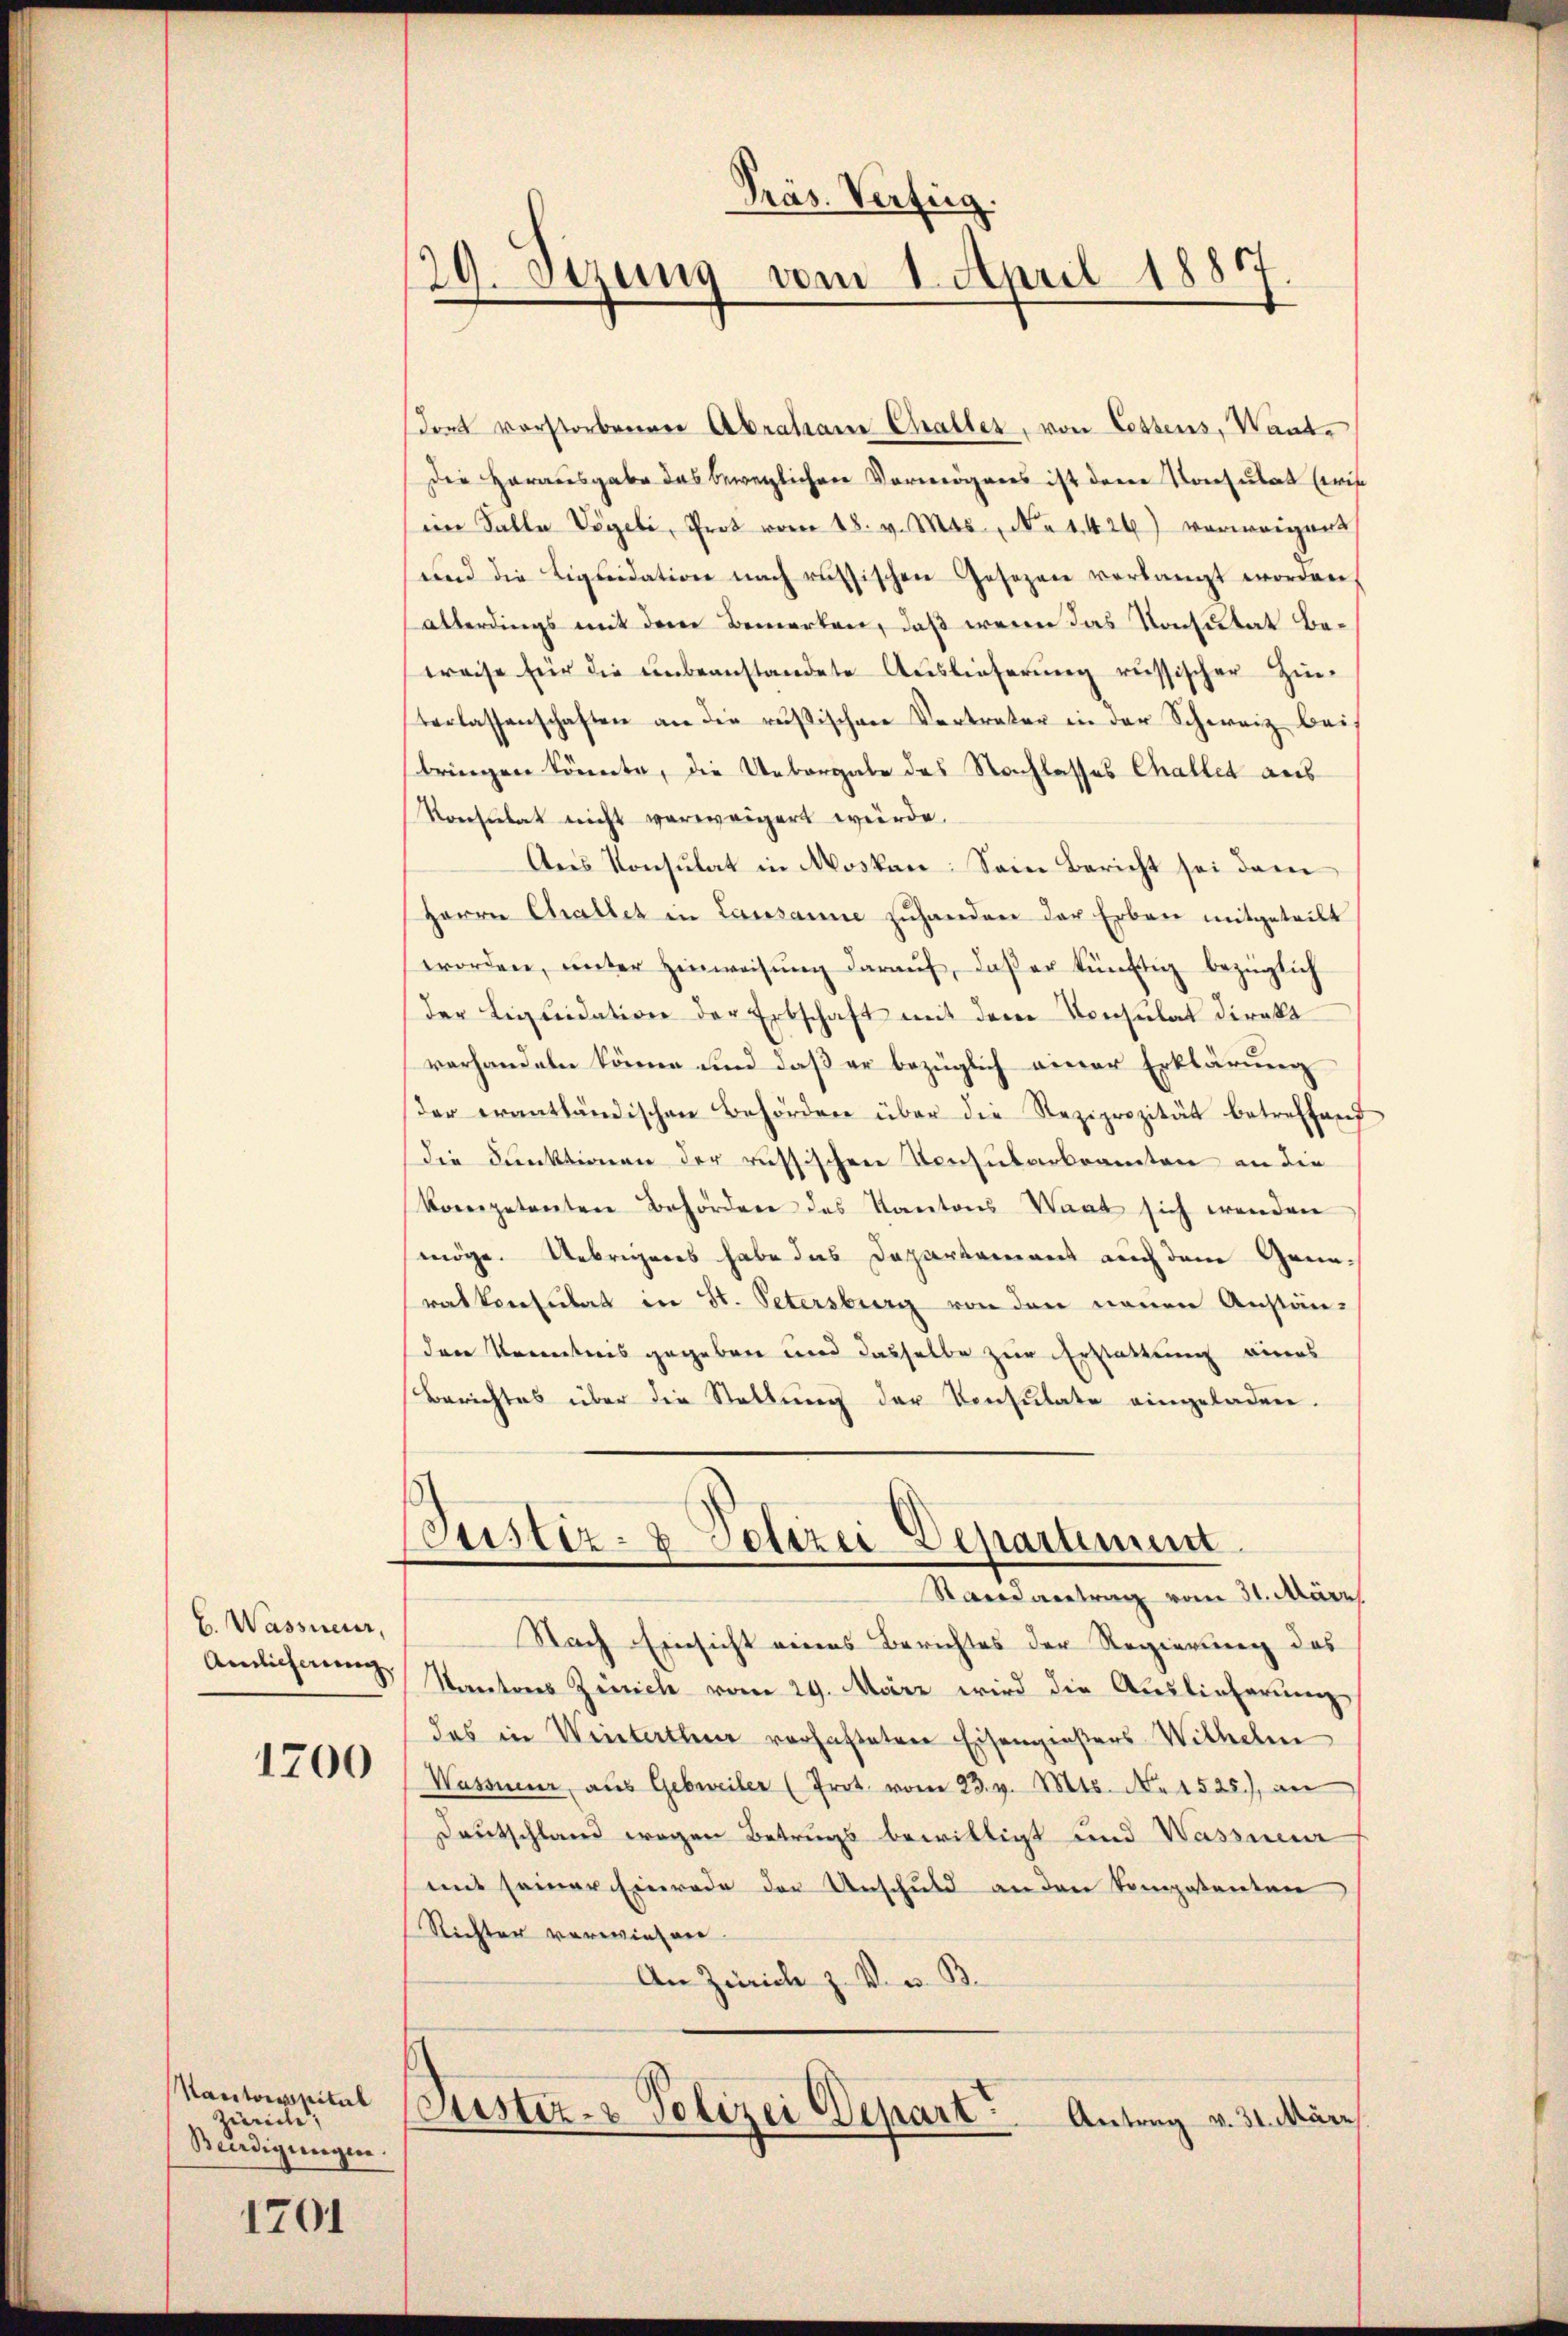
E. Wassneur,
Amlicherung

1700

Kantonstitel
Zürich,
Wadigungen.

1701

Präs. Verfüg
29. Sizung vom 1. April 18817

dort vorstorbenen Abraham Challer, von Lotzens, Vant¬
Die Herausgabe das beweglichen Vermögens ist dem Konsulat (wie
im Falle Vögeli, Prot vom 18. v. Mts., No 1426) verweigent
und die Liquidation nach russischen Gesezen verlangt worden,
allerdings mit dem Bemerken, daß wenn das Konsutat Be¬
Kreise für die ŭnbeanstandete Auslieferŭng russischer Hin-
Verlassenschaften an die russischen Vertreter in der Schweiz bei,
bringen könnte, die Uebergabe des Nachlasses Challet aus
Konsulat nicht verweigert würde.
Ans Konsulat in Moskan: Sein Bericht sei dem
Herrn Challer in Lausanne zŭhanden der Erben mitgeteilt
worden, ŭnter Hinweisŭng daraŭf, daβ er künftig bezüglich
der Liquidation der Erbschaft mit dem Consulat direkt
vorhandeln könne und daß er bezüglich einer Erklärung
der erantländischen Behörden über die Reziprozität betreffend
die Dunktionen der russischen Consularbeamten an die
Kompetenten Behörden des Kantons Waat sich wenden
möge. Uebrigeres habe das Departement auch den Gena-
rat konsulat in St. Petersburg von den neuen Anstän-
den Kenntnis gegeben und dasselbe zur Erstattung eines
Berichtes über die Stellung der Konsulate eingeladen.
ustiz- & Polizei Departinum
Standvertrag vom 31. März
Nach Einsicht eines Berichtes der Regierung des
Kantons Zürich vom 29. März wird die Auslieferung
das in Winterthur vorhafteten Eisengensers Wilhelm
Wassner, aus Gebreiter (Prot. vom 23. v. Mts. No 1525.), an
Deutschland wegen Betrugs bewilligt und Wasser
mit seiner Einrade der Unschuld an den kompetenten
Richter verwiesen.
An Zürich z. V. v. B.
Puster- & Polizei Depart
Antrag v. 31. März